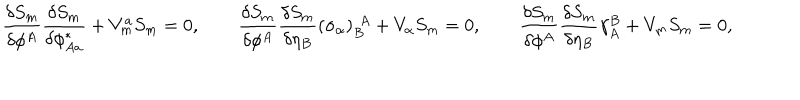
LaTeX: \frac { \delta S _ { m } } { \delta \phi ^ { A } } \frac { \delta S _ { m } } { \delta \phi _ { A a } ^ { * } } + V _ { m } ^ { a } S _ { m } = 0 , \qquad \frac { \delta S _ { m } } { \delta \phi ^ { A } } \frac { \delta S _ { m } } { \delta \eta _ { B } } ( \sigma _ { \alpha } ) _ { B } ^ { ~ ~ \! A } + V _ { \alpha } S _ { m } = 0 , \qquad \frac { \delta S _ { m } } { \delta \phi ^ { A } } \frac { \delta S _ { m } } { \delta \eta _ { B } } \gamma _ { A } ^ { B } + V _ { m } S _ { m } = 0 ,